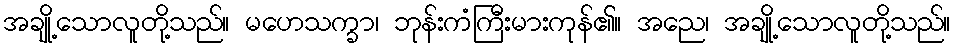
အချို့သောလူတို့သည်။ မဟေသက္ခာ၊ ဘုန်းကံကြီးမားကုန်၏။ အညေ၊ အချို့သောလူတို့သည်။